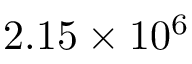
2 . 1 5 \times 1 0 ^ { 6 }